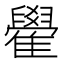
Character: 雤